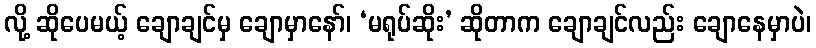
လို့ ဆိုပေမယ့် ချောချင်မှ ချောမှာနော်၊ ‘မရုပ်ဆိုး’ ဆိုတာက ချောချင်လည်း ချောနေမှာပဲ၊